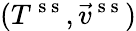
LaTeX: (T^{\mathrm{~s~s~}},\vec{v}^{\mathrm{~s~s~}})